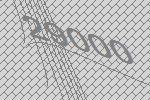
29000